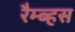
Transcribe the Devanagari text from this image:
रैम्ब्हस